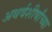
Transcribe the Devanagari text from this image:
अथर्वशीर्षांच्या